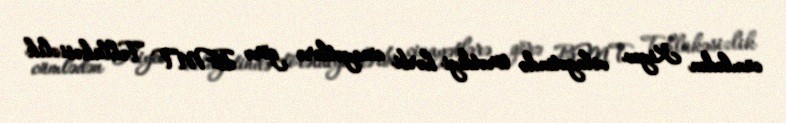
cümlədən Kiyev vilayətində törətdiyi hərbi cinayətlərə görə BMT Təhlükəsizlik